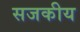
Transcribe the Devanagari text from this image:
सजकीय